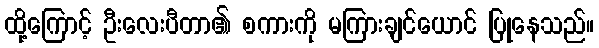
ထို့ကြောင့် ဦးလေးပီတာ၏ စကားကို မကြားချင်ယောင် ပြုနေသည်။